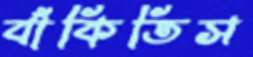
বাঁকিতিস